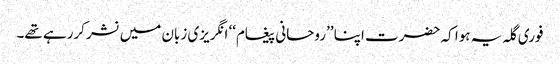
فوری گلہ یہ ہوا کہ حضرت اپنا ’’روحانی پیغام‘‘ انگریزی زبان میں نشر کررہے تھے۔